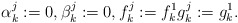
\begin{align*} \alpha_k^j:=0, \beta_k^j:=0, f_k^j:=f_k^1 g_k^j:=g_k^1.\end{align*}